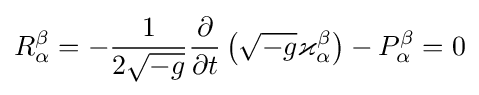
R_{\alpha }^{\beta }=-{\frac {1}{2{\sqrt {-g}}}}{\frac {\partial }{\partial t}}\left({\sqrt {-g}}\varkappa _{\alpha }^{\beta }\right)-P_{\alpha }^{\beta }=0